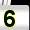
Digit: 5